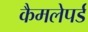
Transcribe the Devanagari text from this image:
कैमलेपर्ड